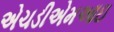
એચડીએમઆઇ